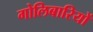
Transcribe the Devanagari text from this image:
गोलिबारियों